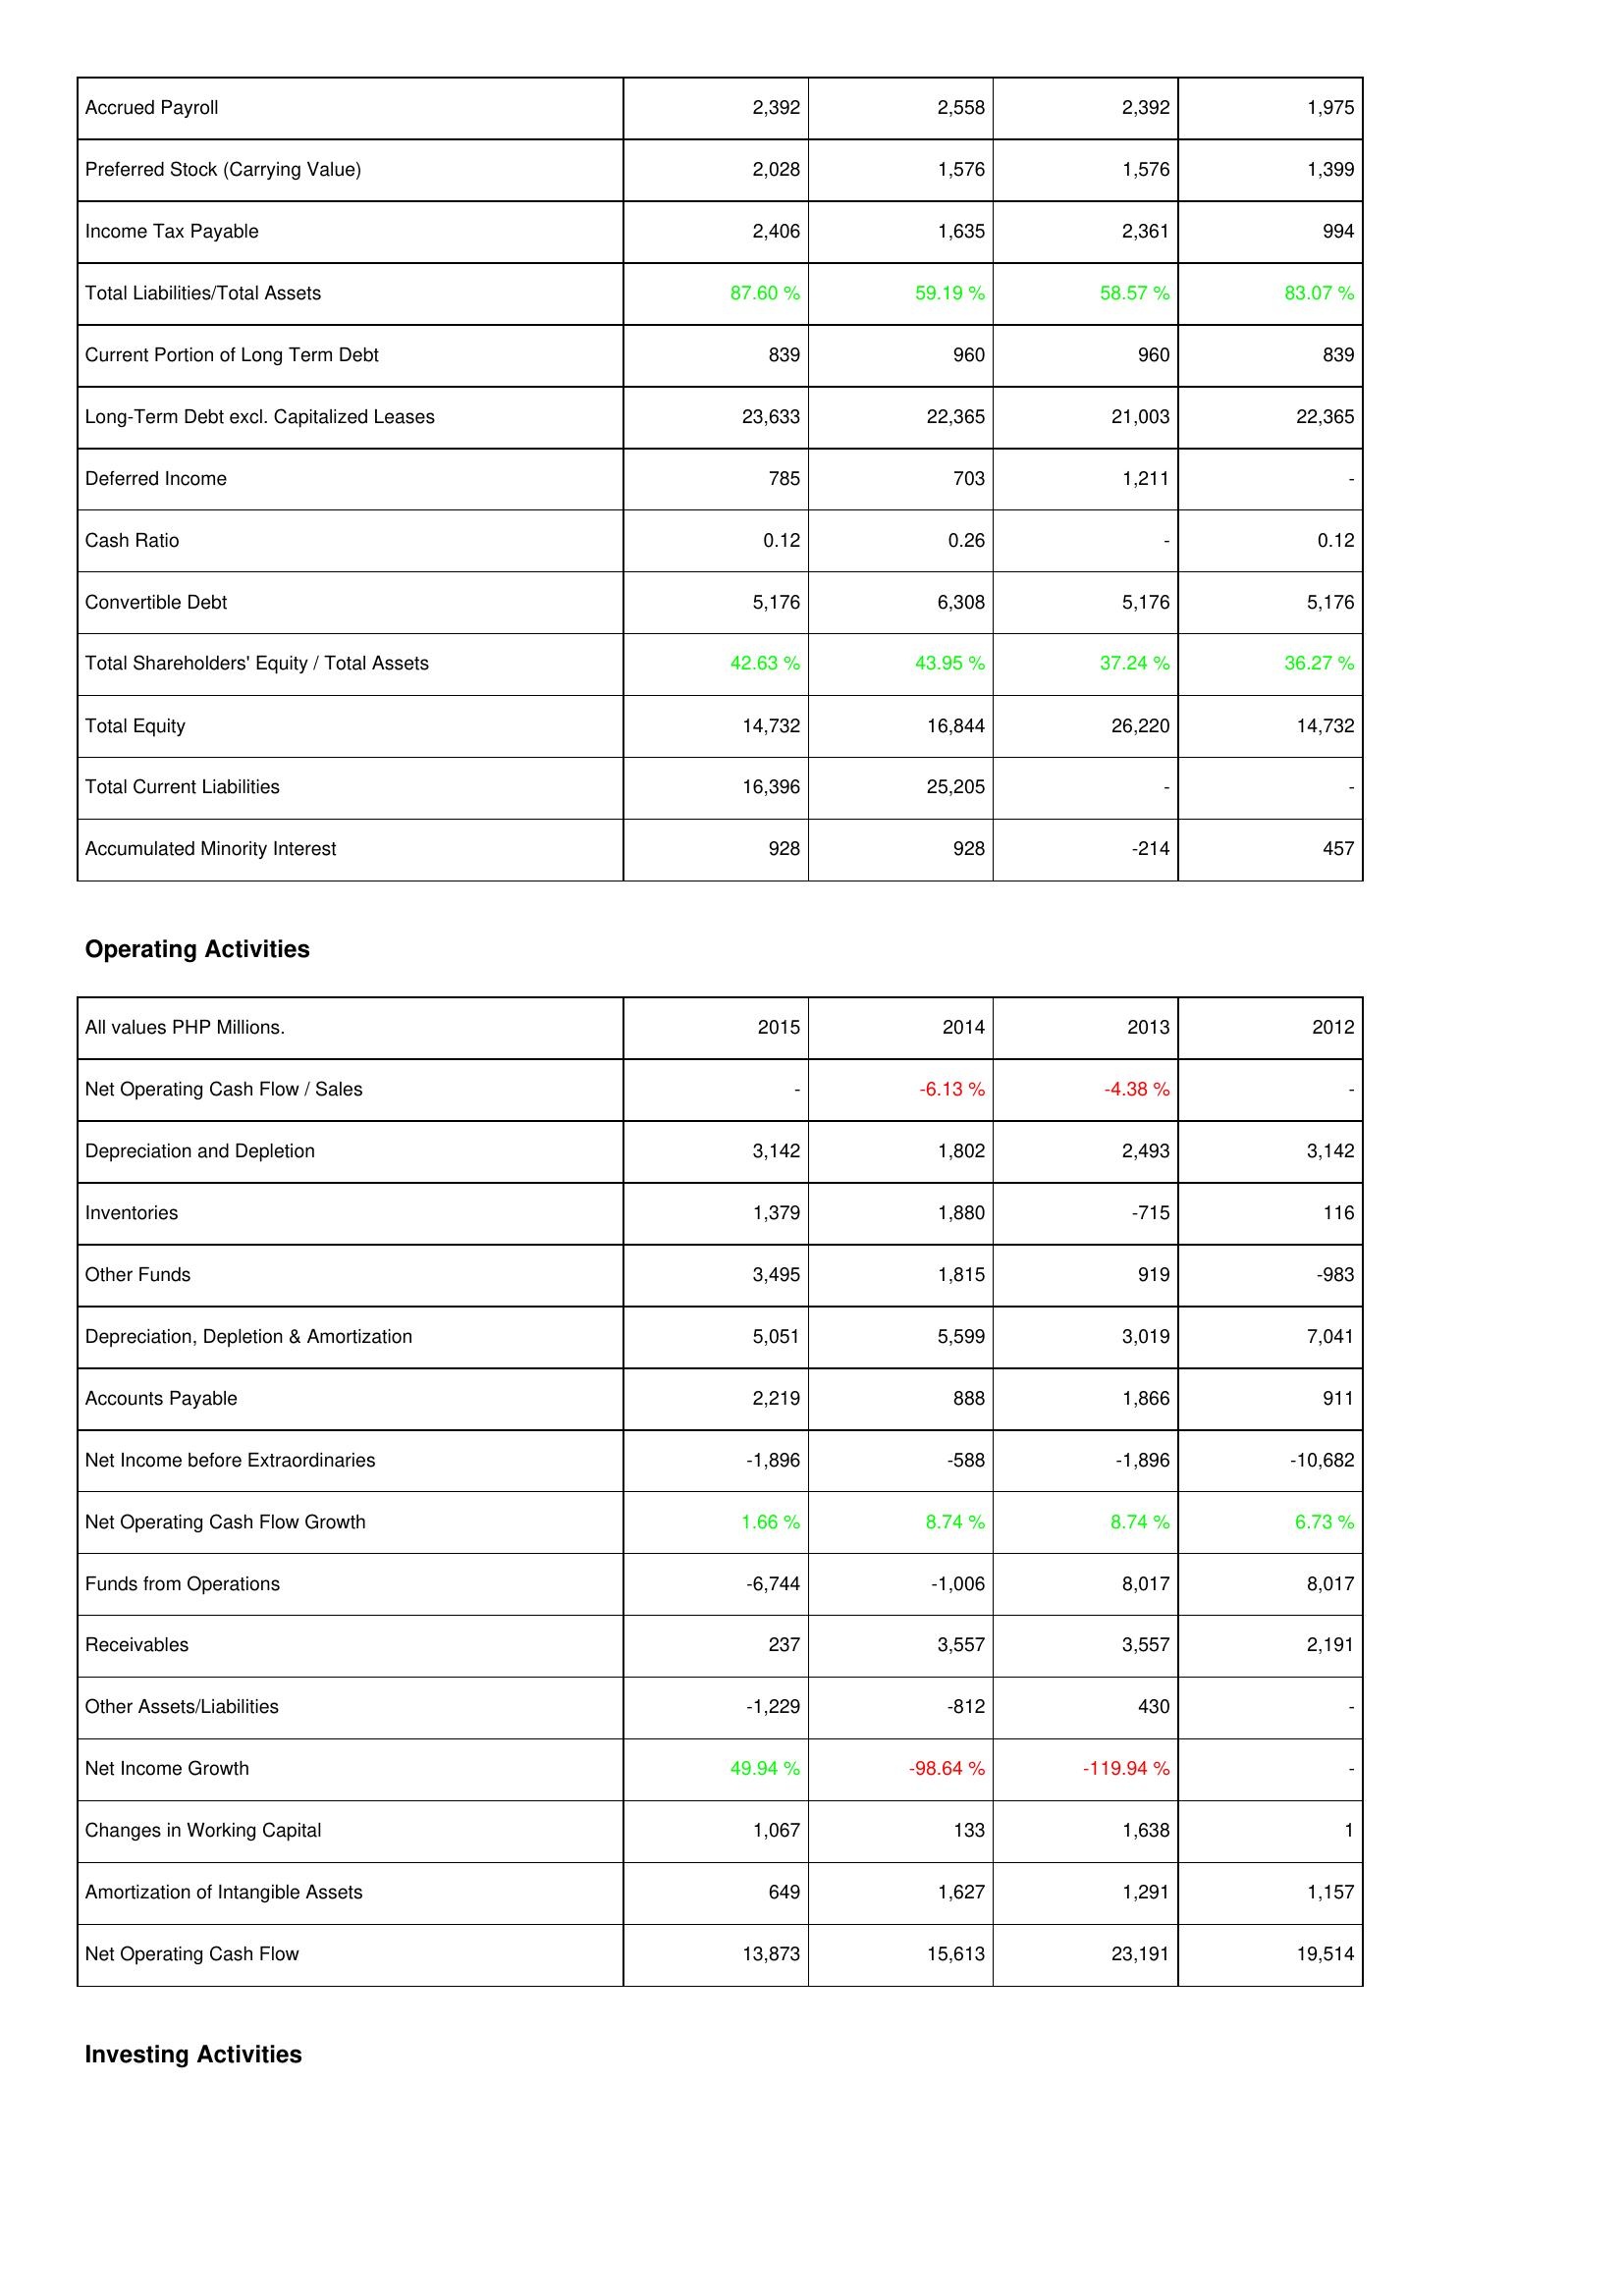
2015: Liabilities & Shareholders' Equity: Accrued Payroll: 2,392
Preferred Stock (Carrying Value): 2,028
Income Tax Payable: 2,406
Total Liabilities/Total Assets: 87.60 %
Current Portion of Long Term Debt: 839
Long-Term Debt excl. Capitalized Leases: 23,633
Deferred Income: 785
Cash Ratio: 0.12
Convertible Debt: 5,176
Total Shareholders' Equity / Total Assets: 42.63 %
Total Equity: 14,732
Total Current Liabilities: 16,396
Accumulated Minority Interest: 928
Operating Activities: Net Operating Cash Flow / Sales: -
Depreciation and Depletion: 3,142
Inventories: 1,379
Other Funds: 3,495
Depreciation, Depletion & Amortization: 5,051
Accounts Payable: 2,219
Net Income before Extraordinaries: -1,896
Net Operating Cash Flow Growth: 1.66 %
Funds from Operations: -6,744
Receivables: 237
Other Assets/Liabilities: -1,229
Net Income Growth: 49.94 %
Changes in Working Capital: 1,067
Amortization of Intangible Assets: 649
Net Operating Cash Flow: 13,873
2014: Liabilities & Shareholders' Equity: Accrued Payroll: 2,558
Preferred Stock (Carrying Value): 1,576
Income Tax Payable: 1,635
Total Liabilities/Total Assets: 59.19 %
Current Portion of Long Term Debt: 960
Long-Term Debt excl. Capitalized Leases: 22,365
Deferred Income: 703
Cash Ratio: 0.26
Convertible Debt: 6,308
Total Shareholders' Equity / Total Assets: 43.95 %
Total Equity: 16,844
Total Current Liabilities: 25,205
Accumulated Minority Interest: 928
Operating Activities: Net Operating Cash Flow / Sales: -6.13 %
Depreciation and Depletion: 1,802
Inventories: 1,880
Other Funds: 1,815
Depreciation, Depletion & Amortization: 5,599
Accounts Payable: 888
Net Income before Extraordinaries: -588
Net Operating Cash Flow Growth: 8.74 %
Funds from Operations: -1,006
Receivables: 3,557
Other Assets/Liabilities: -812
Net Income Growth: -98.64 %
Changes in Working Capital: 133
Amortization of Intangible Assets: 1,627
Net Operating Cash Flow: 15,613
2013: Liabilities & Shareholders' Equity: Accrued Payroll: 2,392
Preferred Stock (Carrying Value): 1,576
Income Tax Payable: 2,361
Total Liabilities/Total Assets: 58.57 %
Current Portion of Long Term Debt: 960
Long-Term Debt excl. Capitalized Leases: 21,003
Deferred Income: 1,211
Cash Ratio: -
Convertible Debt: 5,176
Total Shareholders' Equity / Total Assets: 37.24 %
Total Equity: 26,220
Total Current Liabilities: -
Accumulated Minority Interest: -214
Operating Activities: Net Operating Cash Flow / Sales: -4.38 %
Depreciation and Depletion: 2,493
Inventories: -715
Other Funds: 919
Depreciation, Depletion & Amortization: 3,019
Accounts Payable: 1,866
Net Income before Extraordinaries: -1,896
Net Operating Cash Flow Growth: 8.74 %
Funds from Operations: 8,017
Receivables: 3,557
Other Assets/Liabilities: 430
Net Income Growth: -119.94 %
Changes in Working Capital: 1,638
Amortization of Intangible Assets: 1,291
Net Operating Cash Flow: 23,191
2012: Liabilities & Shareholders' Equity: Accrued Payroll: 1,975
Preferred Stock (Carrying Value): 1,399
Income Tax Payable: 994
Total Liabilities/Total Assets: 83.07 %
Current Portion of Long Term Debt: 839
Long-Term Debt excl. Capitalized Leases: 22,365
Deferred Income: -
Cash Ratio: 0.12
Convertible Debt: 5,176
Total Shareholders' Equity / Total Assets: 36.27 %
Total Equity: 14,732
Total Current Liabilities: -
Accumulated Minority Interest: 457
Operating Activities: Net Operating Cash Flow / Sales: -
Depreciation and Depletion: 3,142
Inventories: 116
Other Funds: -983
Depreciation, Depletion & Amortization: 7,041
Accounts Payable: 911
Net Income before Extraordinaries: -10,682
Net Operating Cash Flow Growth: 6.73 %
Funds from Operations: 8,017
Receivables: 2,191
Other Assets/Liabilities: -
Net Income Growth: -
Changes in Working Capital: 1
Amortization of Intangible Assets: 1,157
Net Operating Cash Flow: 19,514